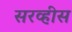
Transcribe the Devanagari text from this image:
सरव्हीस